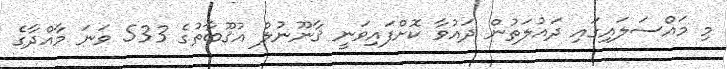
މި މައްސަލައިގައި ދައުލަތުން ދައުވާ ކޮށްފައިވަނީ ޤާނޫނުލް އުޤޫބާތުގެ 533 ވަނަ މާއްދާގެ